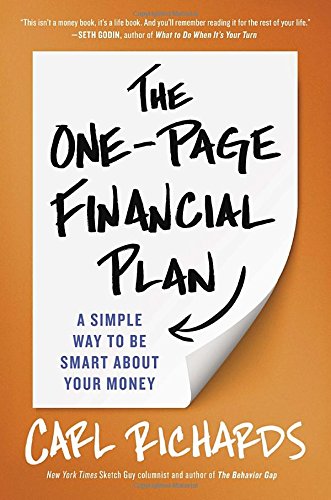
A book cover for The One-Page Financial Plan: A Simple Way to Be Smart About Your Money; Carl Richards; Business & Money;